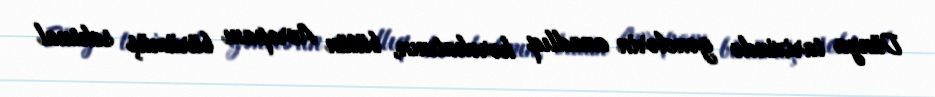
Dünya tarixində gənclərin azadlıq hərəkatının, bütün Avropanı bürümüş seksual